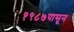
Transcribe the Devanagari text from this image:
१९८७पासून